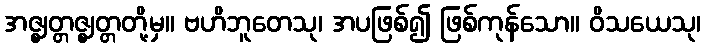
အဇ္ဈတ္တဇ္ဈတ္တတို့မှ။ ဗဟိဘူတေသု၊ အပဖြစ်၍ ဖြစ်ကုန်သော။ ဝိသယေသု၊